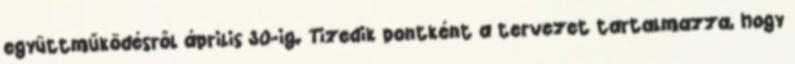
együttműködésről április 30-ig. Tizedik pontként a tervezet tartalmazza, hogy